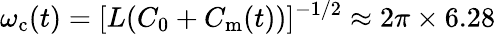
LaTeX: \omega_{\mathrm{c}}(t)=[L(C_{\mathrm{0}}+C_{\mathrm{m}}(t))]^{-1/2}\approx 2\pi\times 6.28